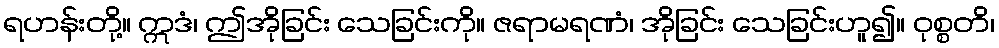
ရဟန်းတို့။ ဣဒံ၊ ဤအိုခြင်း သေခြင်းကို။ ဇရာမရဏံ၊ အိုခြင်း သေခြင်းဟူ၍။ ဝုစ္စတိ၊